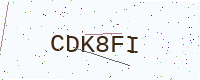
Text: CDK8FI